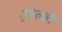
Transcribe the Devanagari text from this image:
एबेल्वो